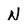
Character: N